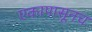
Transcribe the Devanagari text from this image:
एकापासूनच